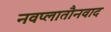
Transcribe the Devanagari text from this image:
नवप्लातौनवाद